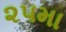
૨૫મા